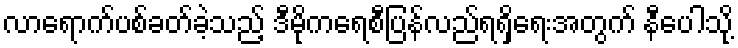
လာရောက်ပစ်ခတ်ခဲ့သည့် ဒီမိုကရေစီပြန်လည်ရရှိရေးအတွက် နီပေါသို့